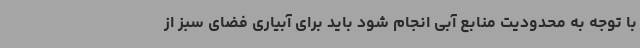
با توجه به محدودیت منابع آبی انجام شود باید برای آبیاری فضای سبز از